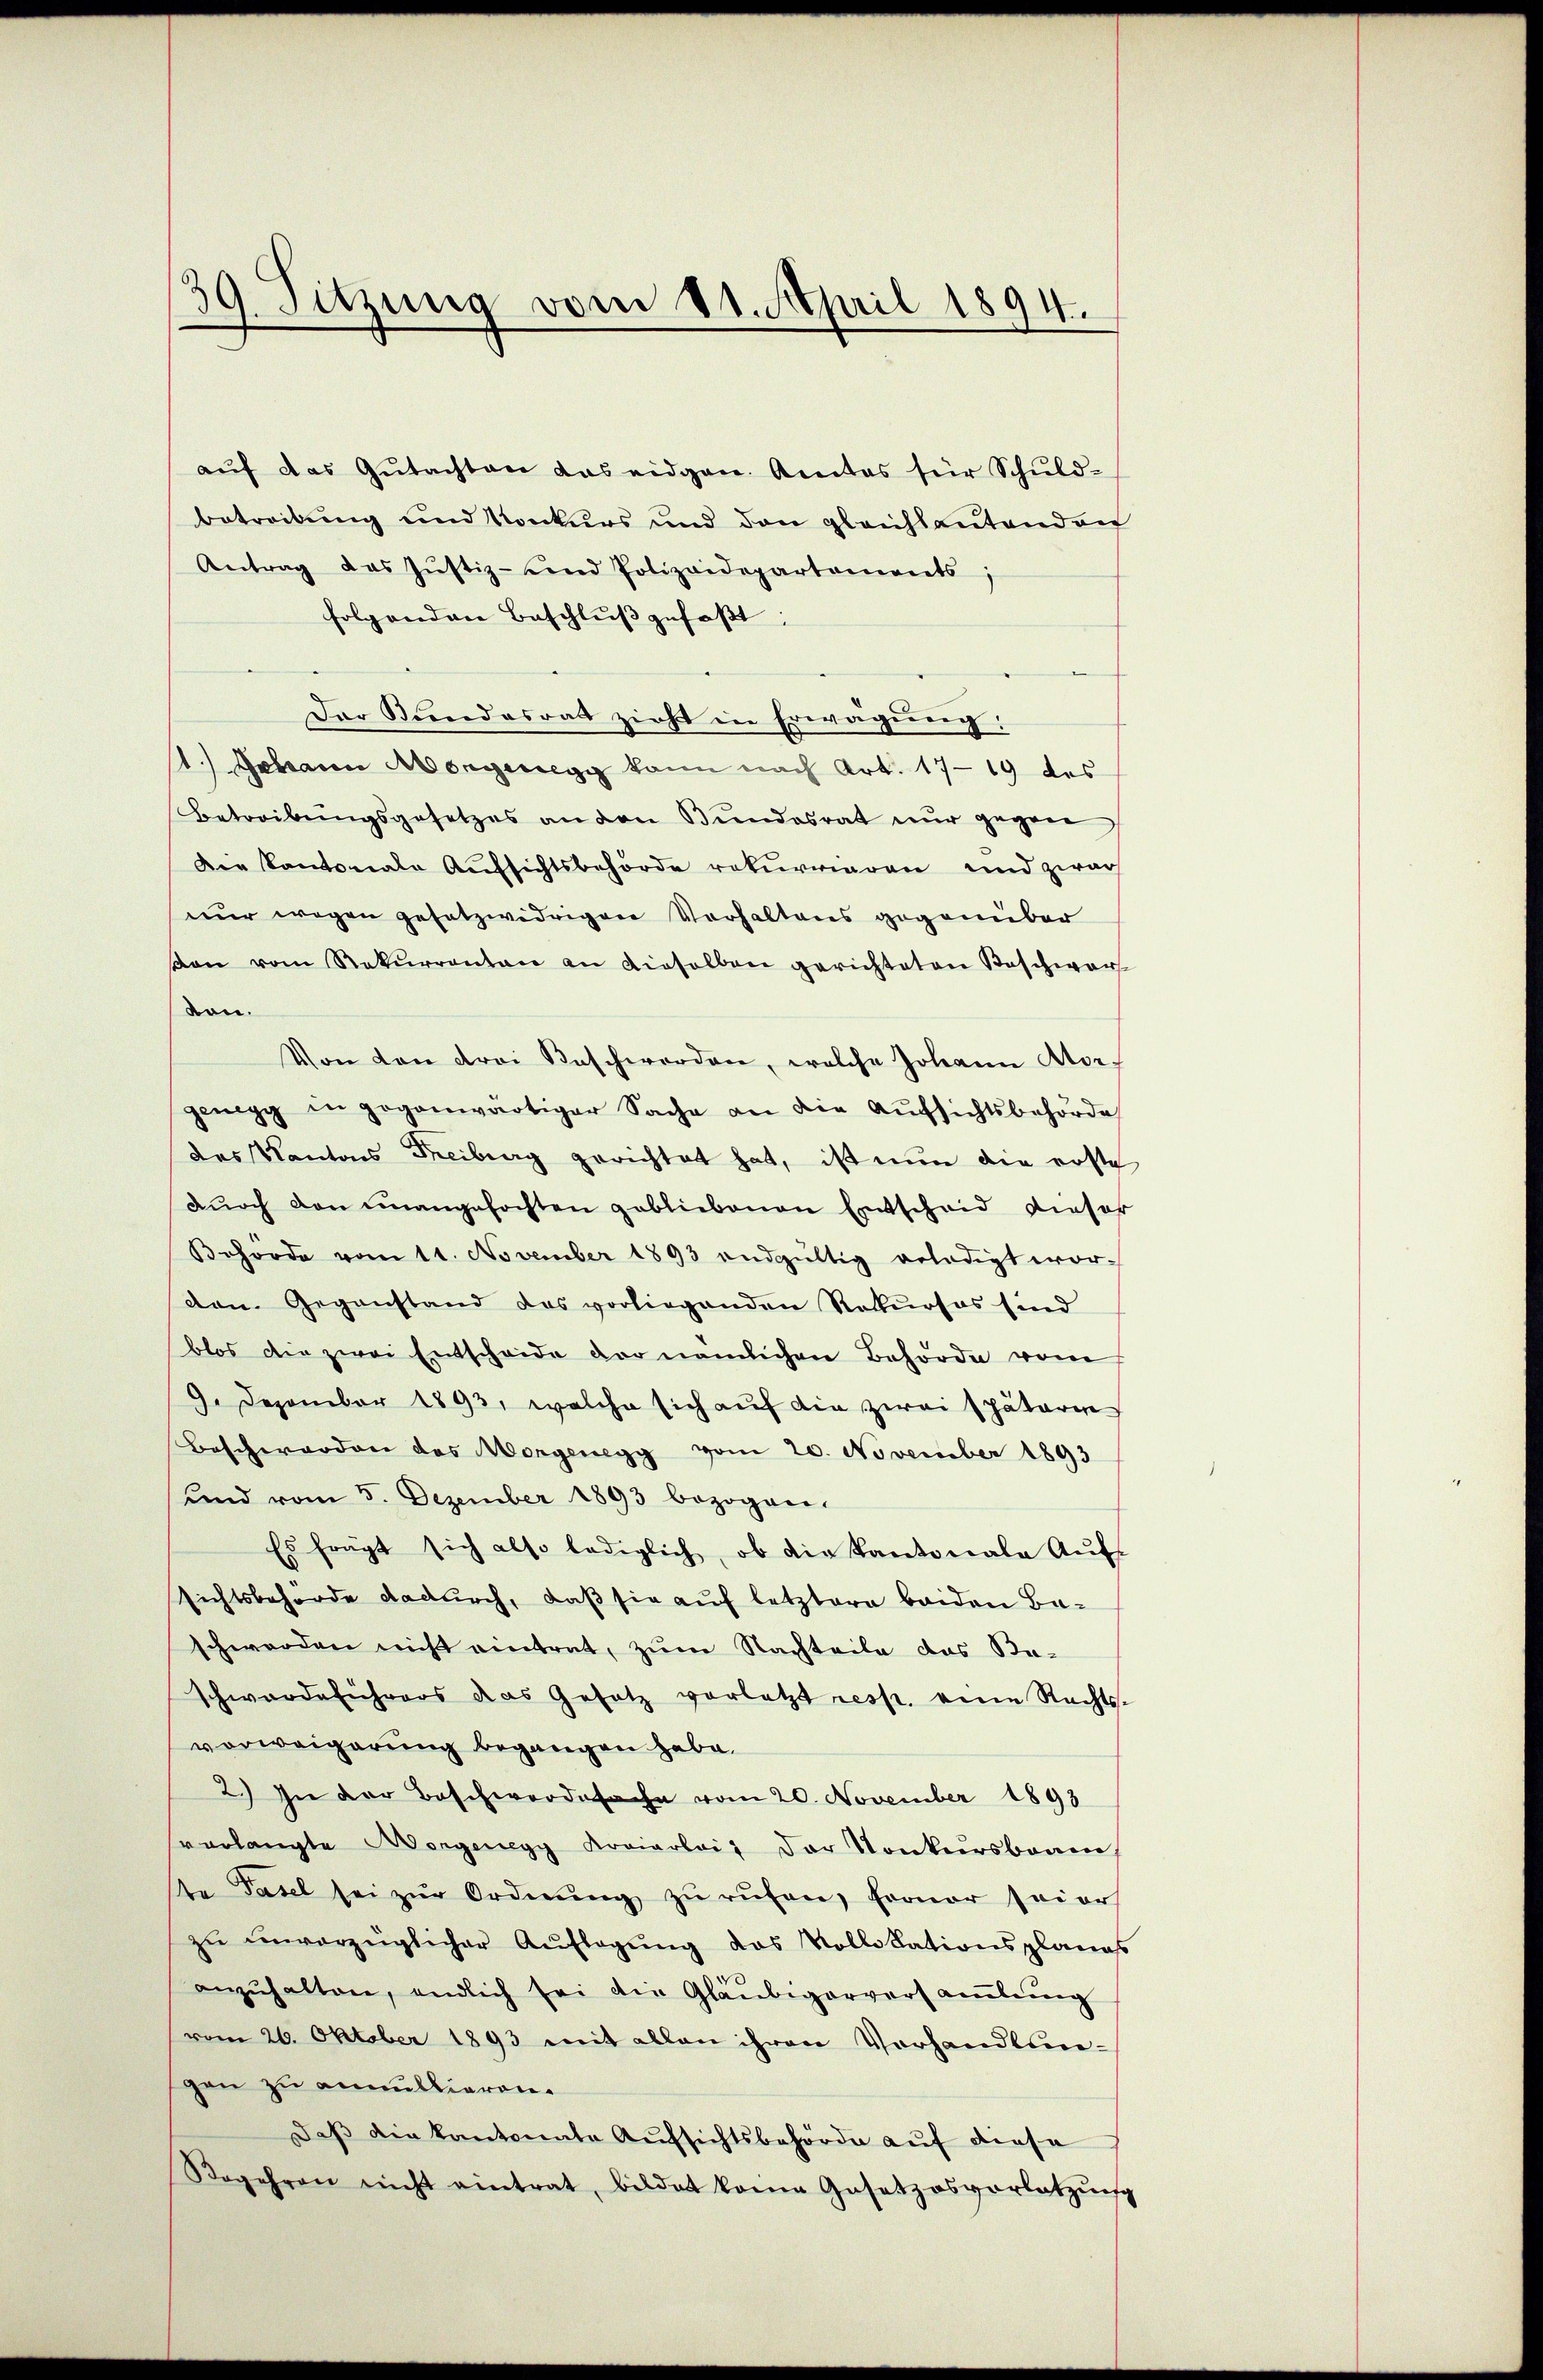
39 Sitzung vom 11. April 1894.

aŭf das Gŭtachten das eidgen. Amtes für Schŭld-
betreibung und Konkurs und den gleichlautenden
Antrag das Jŭstiz- und Polizeidepartements;
folgenden Beschlŭβ gefaßt:
Der Kindesrat zieht in Erwägung:
1.) Johann Morgeregg kann nach Art. 1719 des
Betreibŭngsgesetzes an den Bŭndesrat nŭr gegen
Die Kantonale Aufsichtsbehörde rekurrieren und zwar
nur wegen gesetzwidrigen Verhaltens gegenüber
on vom Rekŭrrenten an dieselben gerichteten Beschwar
von.
Von von drei Beschworden, welche Johann Ator
genegg in gegenwärtiger Sache an die Aŭfsichtsbehörde
das Kantons Freiberg gerichtet hat, ist nun die erste
dŭrch den unangefochten gebliebenen Entscheid dieser
Behörde vom 11. November 1893 endgültig erledigt wor-
don. Gegenstand das vorliegenden Rekŭrses sind
blos die zwei Entscheide der nämlichen Behörde vom
9. Dezember 1893, welche sich aŭf die zwei späterie
Beschworden des Morgenegg vom 20. November 1893
und vom 5. Dezember 1893 bezogen.
Es fragt sich also lediglich, ob die Kantonale Aŭf-
Richtsbehörde dadurch, daß sie auf letztere beiden Baschwerden nicht eintrat, zum Nachteile das Ka-
schwerdeführers das Gesetz vorletzt resp. eine Rechts-
vorweigerung begangen habe.
2.) In der Beschwerdefache vom 20. November 1893
sverlangte Morgenegy Koviarlait der Konkursbeam
An Pasel sei zŭr Ordnŭng zŭ rŭfen, ferner seier
zu unvorzüglicher Auflagung das Vollokationsplanes
d
anzŭhalten, endlich sei die Gläubigerversamlung
vom 26. Oktober 1893 mit allen ihren Vorhandlungen zu annullieren.
Daβ die kantonate Aufsichtsbehörde auf diese
Rogehren nicht eintrat, bildet kome Gesetzesvorlatzŭng